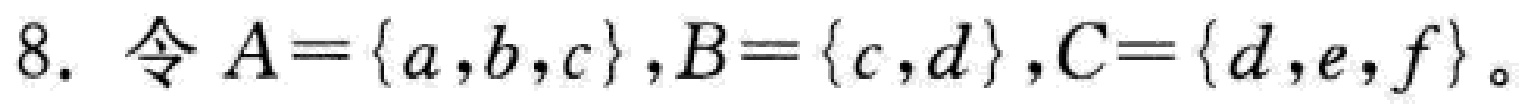
8. 令 \(A = \{a,b,c\},B = \{c,d\},C = \{d,e,f\}\)。